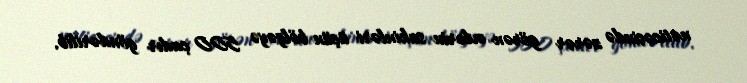
nəticəsində zərər görən evlərin sakinləri üçün bölgəyə 500 çadır göndərilib.